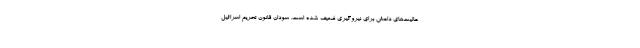
عالیت‌های داعش برای نیروگیری ضعیف شده است. سودان قانون تحریم اسرائیل